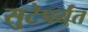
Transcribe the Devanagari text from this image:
सुटेपर्यंत